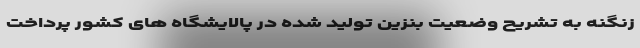
زنگنه به تشریح وضعیت بنزین تولید شده در پالایشگاه های کشور پرداخت